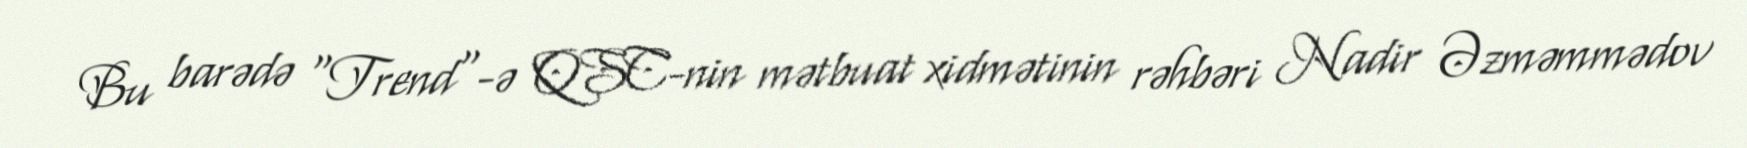
Bu barədə "Trend"-ə QSC-nin mətbuat xidmətinin rəhbəri Nadir Əzməmmədov